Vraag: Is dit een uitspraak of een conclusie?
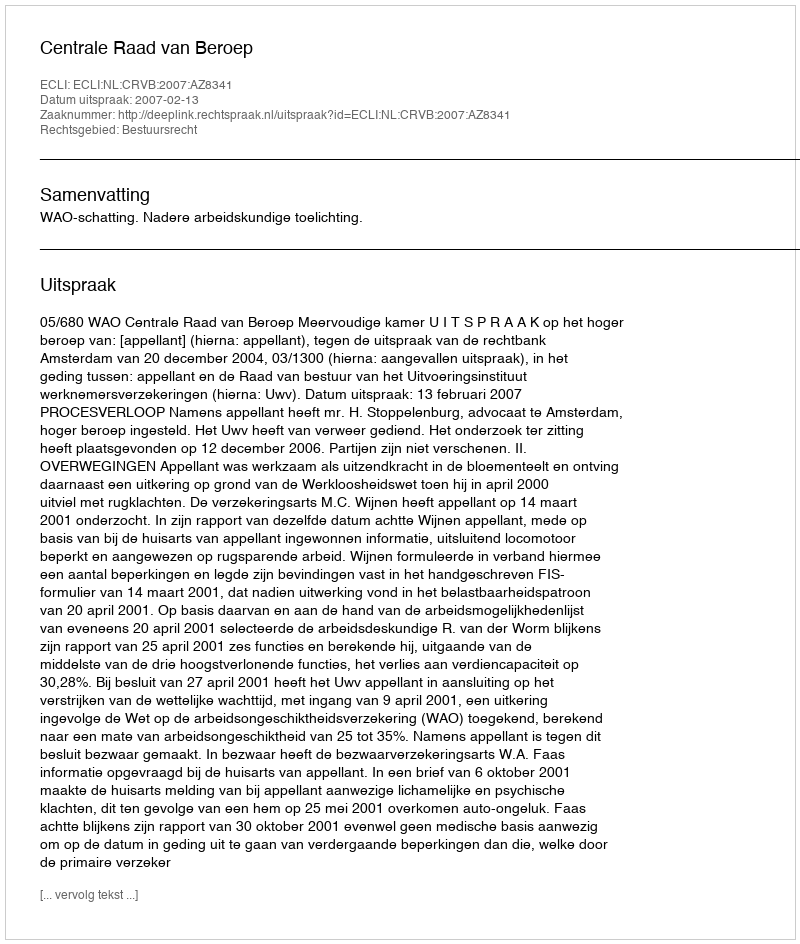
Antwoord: Uitspraak